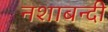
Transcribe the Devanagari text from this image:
नशाबन्दी